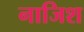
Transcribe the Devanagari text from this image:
नाजिश